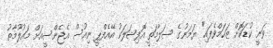
ވަނީ ކުޑަކޮށް ޒަހަމްވެފައި" ޔަމަނުގެ ސަލާމަތީ އޮފިޝަލަކު އޭއެފްޕީ ނިއުސް އެޖެންސީއަށް މައުލޫމާތު